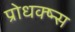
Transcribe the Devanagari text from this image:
प्रोधक्ष्न्स